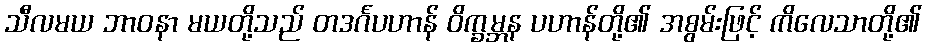
သီလမယ ဘာဝနာ မယတို့သည် တဒင်္ဂပဟာန် ဝိက္ခမ္ဘန ပဟာန်တို့၏ အစွမ်းဖြင့် ကိလေသာတို့၏